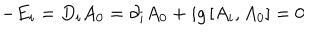
- E _ { i } = D _ { i } A _ { 0 } = \partial _ { i } A _ { 0 } + i g \left[ A _ { i } , A _ { 0 } \right] = 0